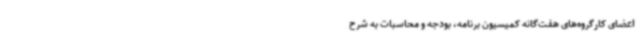
اعضای کارگروه‌های هفت‌گانه کمیسیون برنامه، بودجه و محاسبات به شرح